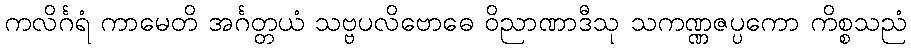
ကလိင်္ဂရံ ကာမေတိ အင်္ဂတ္တယံ သဗ္ဗပလိဗောဓေ ဝိညာဏာဒီသု သကဏ္ဏဇပ္ပကော ကိစ္စသညံ